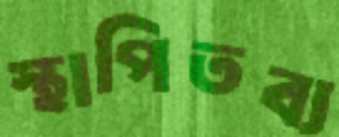
স্থাপিতব্য